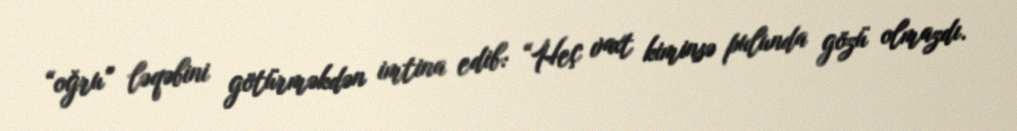
“oğru” ləqəbini götürməkdən imtina edib: “Heç vaxt kiminsə pulunda gözü olmazdı.